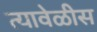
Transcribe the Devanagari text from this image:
त्यावेळीस